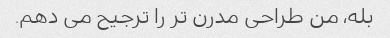
بله، من طراحی مدرن تر را ترجیح می دهم.